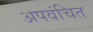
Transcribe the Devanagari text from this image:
अपवंचित